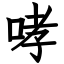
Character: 哮